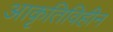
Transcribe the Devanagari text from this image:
आकृतिविहीन